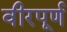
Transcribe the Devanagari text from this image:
वीरपूर्ण